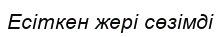
Есіткен жері сөзімді